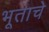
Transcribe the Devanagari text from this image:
भूताचे